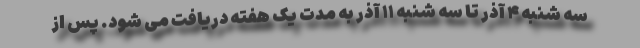
سه شنبه ۴ آذر تا سه شنبه ۱۱ آذر به مدت یک هفته دریافت می شود. پس از